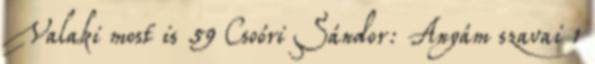
Valaki most is 59 Csoóri Sándor: Anyám szavai 1